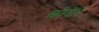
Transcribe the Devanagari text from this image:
छोडें।